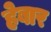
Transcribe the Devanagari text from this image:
हेबार